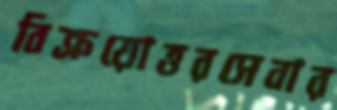
বিক্রয়োত্তরসেবার